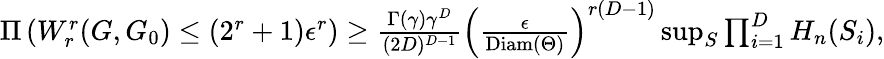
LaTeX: \begin{array}{r}{\Pi\left(W_{r}^{r}(G,G_{0})\leq(2^{r}+1)\epsilon^{r}\right)\geq\frac{\Gamma(\gamma)\gamma^{D}}{(2D)^{D-1}}\left(\frac{\epsilon}{\mathrm{Diam}(\Theta)}\right)^{r(D-1)}\operatorname*{sup}_{S}\prod_{i=1}^{D}H_{n}(S_{i}),}\end{array}